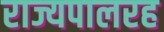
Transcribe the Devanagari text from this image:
राज्यपालरह